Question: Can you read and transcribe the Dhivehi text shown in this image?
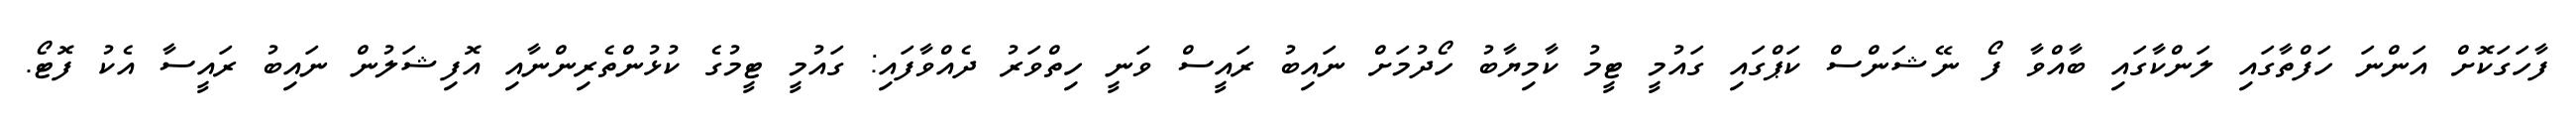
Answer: ފާހަގަކޮށް އަންނަ ހަފްތާގައި ލަންކާގައި ބާއްވާ ފޯ ނޭޝަންސް ކަޕްގައި ގައުމީ ޓީމު ކާމިޔާބު ހޯދުމަށް ނައިބު ރައީސް ވަނީ ހިތްވަރު ދެއްވާފައި: ގައުމީ ޓީމުގެ ކުޅުންތެރިންނާއި އޮފިޝަލުން ނައިބު ރައީސާ އެކު ފޮޓޯ.